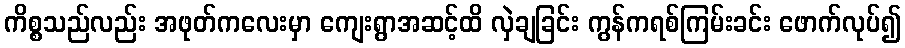
ကိစ္စသည်လည်း အဖုတ်ကလေးမှာ ကျေးရွာအဆင့်ထိ လှဲချခြင်း ကွန်ကရစ်ကြမ်းခင်း ဖောက်လုပ်၍